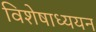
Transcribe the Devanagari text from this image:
विशेषाध्ययन